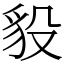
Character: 䝘